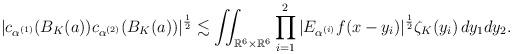
LaTeX: \begin{gather*} |c_{\alpha^{(1)}}(B_{K}(a))c_{\alpha^{(2)}}(B_{K}(a))|^{\frac{1}{2}}\lesssim \iint_{\mathbb{R}^{6} \times \mathbb{R}^{6} } \prod_{i=1}^{2} |E_{\alpha^{(i)}}f(x-y_{i})|^{\frac{1}{2}}\zeta_{K}(y_{i})\,dy_{1}dy_{2}.\end{gather*}